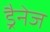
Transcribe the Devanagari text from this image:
ड्रैनेज